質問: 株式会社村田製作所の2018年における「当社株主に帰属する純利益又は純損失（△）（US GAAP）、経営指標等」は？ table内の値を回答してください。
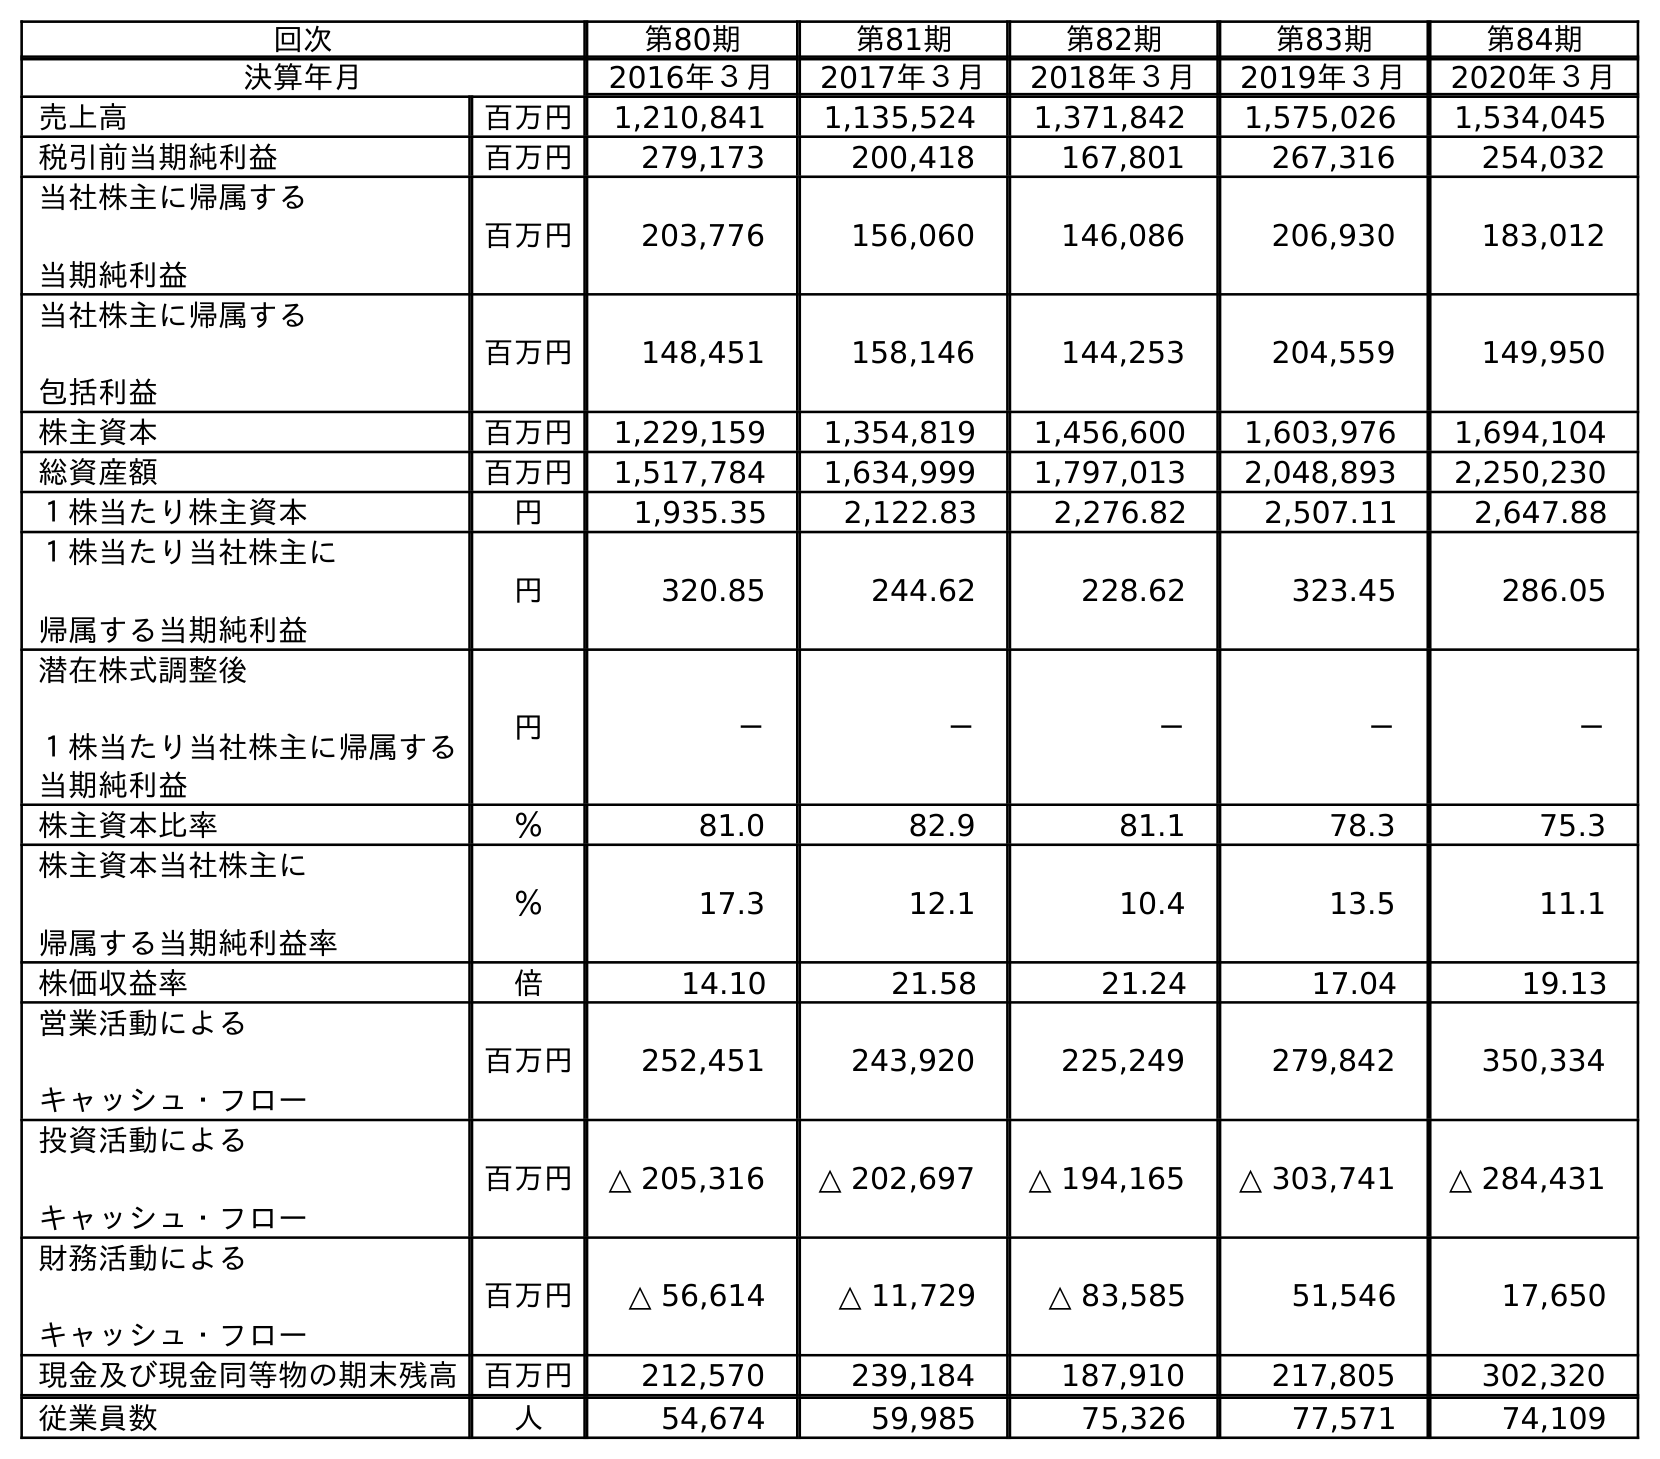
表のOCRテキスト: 回次 第80期 第81期 第82期 第83期 第84期 決算年月 2016年３月 2017年３月 2018年３月 2019年３月 2020年３月 売上高 百万円 1,210,841 1,135,524 1,371,842 1,575,026 1,534,045 税引前当期純利益 百万円 279,173 200,418 167,801 267,316 254,032 当社株主に帰属する 当期純利益 百万円 203,776 156,060 146,086 206,930 183,012 当社株主に帰属する 包括利益 百万円 148,451 158,146 144,253 204,559 149,950 株主資本 百万円 1,229,159 1,354,819 1,456,600 1,603,976 1,694,104 総資産額 百万円 1,517,784 1,634,999 1,797,013 2,048,893 2,250,230 １株当たり株主資本 円 1,935.35 2,122.83 2,276.82 2,507.11 2,647.88 １株当たり当社株主に 帰属する当期純利益 円 320.85 244.62 228.62 323.45 286.05 潜在株式調整後 １株当たり当社株主に帰属する 当期純利益 円 － － － － － 株主資本比率 ％ 81.0 82.9 81.1 78.3 75.3 株主資本当社株主に 帰属する当期純利益率 ％ 17.3 12.1 10.4 13.5 11.1 株価収益率 倍 14.10 21.58 21.24 17.04 19.13 営業活動による キャッシュ・フロー 百万円 252,451 243,920 225,249 279,842 350,334 投資活動による キャッシュ・フロー 百万円 △ 205,316 △ 202,697 △ 194,165 △ 303,741 △ 284,431 財務活動による キャッシュ・フロー 百万円 △ 56,614 △ 11,729 △ 83,585 51,546 17,650 現金及び現金同等物の期末残高 百万円 212,570 239,184 187,910 217,805 302,320 従業員数 人 54,674 59,985 75,326 77,571 74,109
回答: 146,086